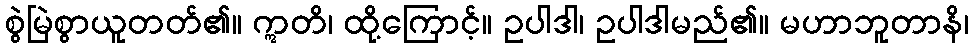
စွဲမြဲစွာယူတတ်၏။ ဣတိ၊ ထို့ကြောင့်။ ဥပါဒါ၊ ဥပါဒါမည်၏။ မဟာဘူတာနိ၊